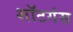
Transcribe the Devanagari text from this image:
शॉटगंस